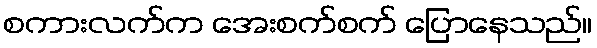
စကားလက်က အေးစက်စက် ပြောနေသည်။